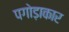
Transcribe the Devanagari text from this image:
पगोड़ाकार